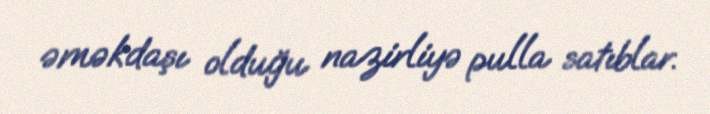
əməkdaşı olduğu nazirliyə pulla satıblar.